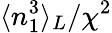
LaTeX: \langle n_{1}^{3}\rangle_{L}/\chi^{2}